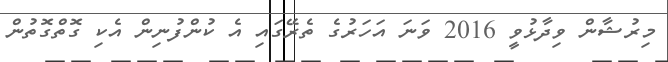
މިރުޝާން ވިދާޅުވީ 2016 ވަނަ އަހަރުގެ ތެރޭގައި އެ ކުންފުނިން އެކި ގޮތްގޮތުން